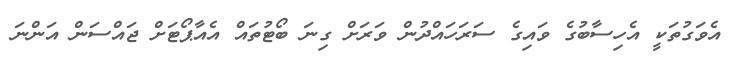
އެވަގުތަކީ އެހިސާބުގެ ވައިގެ ސަރަހައްދުން ވަރަށް ގިނަ ބޯޓުތައް އެއާޕޯޓަށް ޖައްސަން އަންނަ